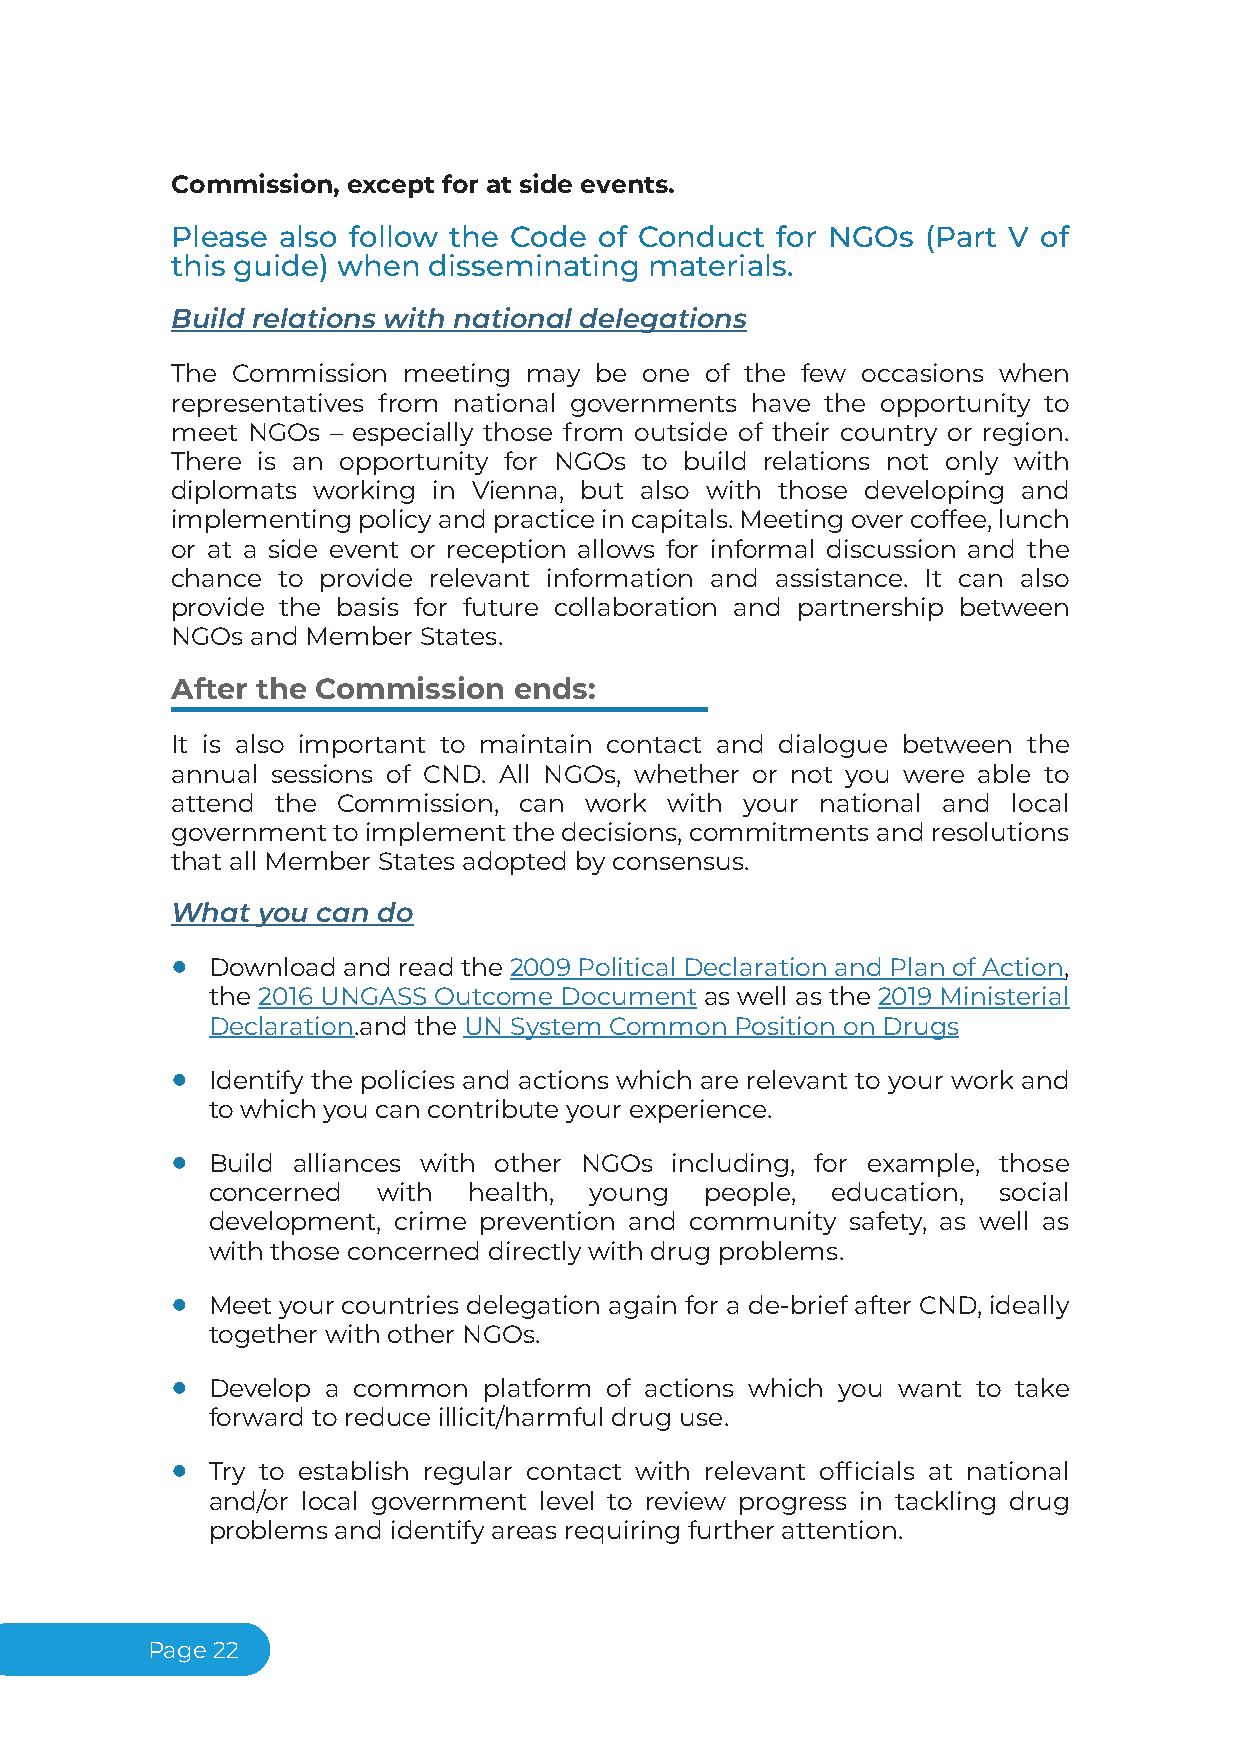
Commission, except for at side events.
 Please also follow the Code  of Conduct for NGOs  (Part V of
 this guide) when disseminating  materials.
 Build relations with national delegations
 The Commission  meeting may be  one of the few occasions when
 representatives from national governments have the opportunity to
 meet NGOs  – especially those from outside of their country or region.
 There is an opportunity for NGOs to build relations not only with
 diplomats working in Vienna, but also with those developing and
 implementingpolicyandpracticeincapitals.Meetingovercoffee,lunch
 or at a side event or reception allows for informal discussion and the
 chance to provide relevant information and assistance. It can also
 provide the basis for future collaboration and partnership between
 NGOs  and Member States.
 After the Commission   ends:
 It is also important to maintain contact and dialogue between the
 annual sessions of CND. All NGOs, whether or not you were able to
 attend the Commission, can  work with your national and local
 government to implement the decisions, commitments and resolutions
 that all Member States adopted by consensus.
 What  you can do
 ●  Downloadandreadthe2009PoliticalDeclarationandPlanofAction,
 the 2016 UNGASS Outcome Document as well as the 2019 Ministerial
 Declaration.and the UN System Common Position on Drugs
 ●  Identify the policies and actions which are relevant to your work and
 to which you can contribute your experience.
 ●  Build alliances with other NGOs including, for example, those
 concerned  with  health, young   people, education, social
 development, crime prevention and community safety, as well as
 with those concerned directly with drug problems.
 ●  Meet your countries delegation again for a de-brief after CND, ideally
 together with other NGOs.
 ●  Develop a common  platform of actions which you want to take
 forward to reduce illicit/harmful drug use.
 ●  Try to establish regular contact with relevant officials at national
 and/or local government level to review progress in tackling drug
 problems and identify areas requiring further attention.
 Page22